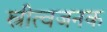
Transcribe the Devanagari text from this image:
स्त्रीत्वजनक